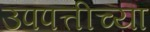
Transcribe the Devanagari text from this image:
उपपत्तीच्या